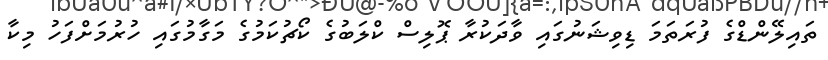
ތައިލޭންޑްގެ ފުރަތަމަ ޑިވިޝަނުގައި ވާދަކުރާ ޕޮލިސް ކްލަބުގެ ކޯޗުކަމުގެ މަގާމުގައި ހުރުމަށްފަހު މިކާ